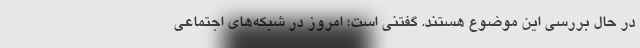
در حال بررسی این موضوع هستند. گفتنی است؛ امروز در شبکه‌های اجتماعی